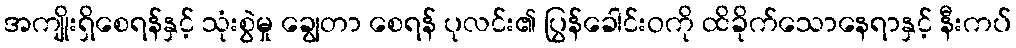
အကျိုးရှိစေရန်နှင့် သုံးစွဲမှု ချွေတာ စေရန် ပုလင်း၏ ပြွန်ခေါင်းဝကို ထိခိုက်သောနေရာနှင့် နီးကပ်